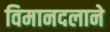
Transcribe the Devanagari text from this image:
विमानदलाने